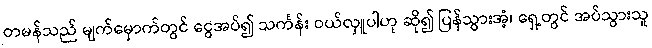
တမန်သည် မျက်မှောက်တွင် ငွေအပ်၍ သင်္ကန်း ဝယ်လှူပါဟု ဆို၍ ပြန်သွားအံ့၊ ရှေ့တွင် အပ်သွားသူ